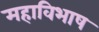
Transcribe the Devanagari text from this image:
महाविभाष